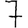
Digit: 7